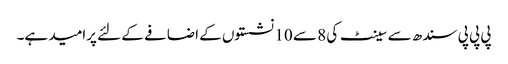
پی پی پی سندھ سے سینٹ کی 8 سے 10 نشستوں کے اضافے کے لئے پرامید ہے۔